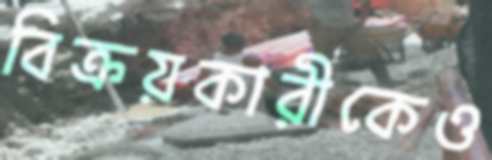
বিক্রয়কারীকেও